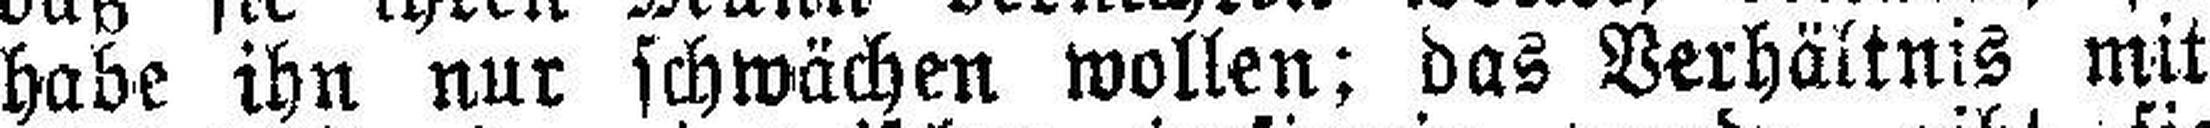
habe ihn nur schwächen wollen; das Verhältnis mit